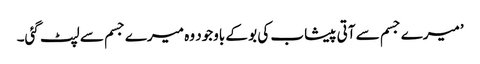
’میرے جسم سے آتی پیشاب کی بو کے باوجود وہ میرے جسم سے لپٹ گئی۔